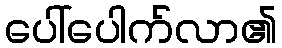
ပေါ်ပေါက်လာ၏